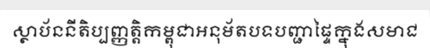
ស្ថាប័ននីតិប្បញ្ញត្តិកម្ពុជាអនុម័តបទបញ្ជាផ្ទៃក្នុងសមាជ